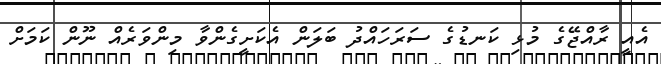
އެއީ ރާއްޖޭގެ މުޅި ކަނޑުގެ ސަރަހައްދު ބަލަން އެކަށީގެންވާ މިންވަރެއް ނޫން ކަމަށް